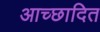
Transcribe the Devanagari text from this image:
आच्‍छादित